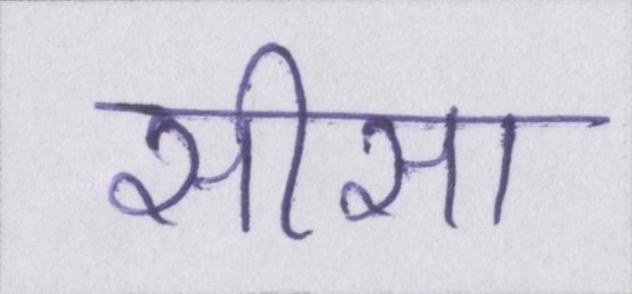
सीसा